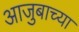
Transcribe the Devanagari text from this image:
आजुबाच्या